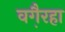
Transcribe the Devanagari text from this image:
वगै़रहा